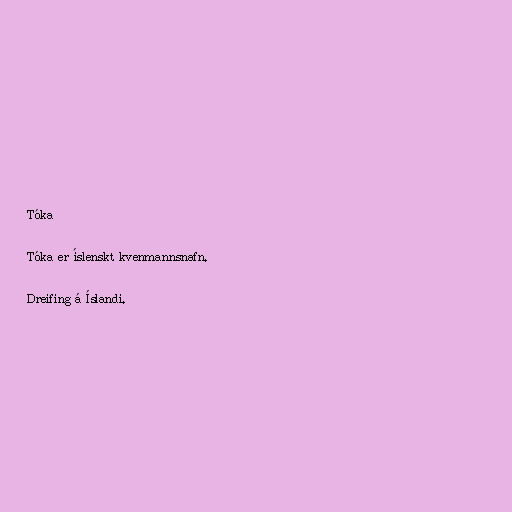
Tóka

Tóka er íslenskt kvenmannsnafn.

Dreifing á Íslandi.